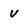
Character: V